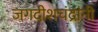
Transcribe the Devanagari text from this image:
जगदीशचंद्रांनी